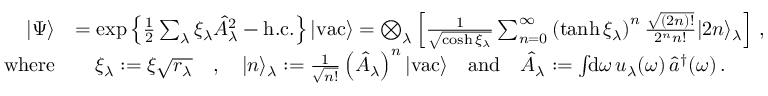
\begin{array} { r l } { | \Psi \rangle } & { = \exp \left\{ \frac { 1 } { 2 } \sum _ { \lambda } \xi _ { \lambda } \hat { A } _ { \lambda } ^ { 2 } - \mathrm { h . c . } \right\} | \mathrm { v a c } \rangle = \bigotimes _ { \lambda } \left[ \frac { 1 } { \sqrt { \cosh \xi _ { \lambda } } } \sum _ { n = 0 } ^ { \infty } \left( \operatorname { t a n h } \xi _ { \lambda } \right) ^ { n } \frac { \sqrt { ( 2 n ) ! } } { 2 ^ { n } n ! } | 2 n \rangle _ { \lambda } \right] \, , } \\ { \mathrm { w h e r e } } & { \quad \xi _ { \lambda } : = \xi \sqrt { r _ { \lambda } } \quad , \quad | n \rangle _ { \lambda } : = \frac { 1 } { \sqrt { n ! } } \left( \hat { A } _ { \lambda } \right) ^ { n } | \mathrm { v a c } \rangle \quad \mathrm { a n d } \quad \hat { A } _ { \lambda } : = \int \! \! \mathrm { d } \omega \, u _ { \lambda } ( \omega ) \, \hat { a } ^ { \dagger } ( \omega ) \, . } \end{array}